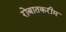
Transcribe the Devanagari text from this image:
रोबातकरीम